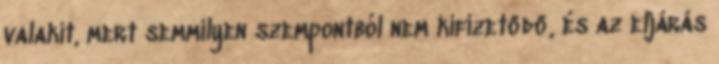
valakit, mert semmilyen szempontból nem kifizetődő, és az eljárás